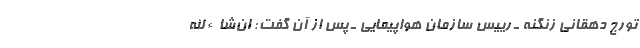
تورج دهقانی زنگنه ـ رییس سازمان هواپیمایی ـ پس از آن گفت: ان‌شاءالله